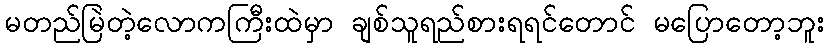
မတည်မြဲတဲ့လောကကြီးထဲမှာ ချစ်သူရည်စားရရင်တောင် မပြောတော့ဘူး